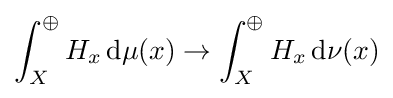
\int _{X}^{\oplus }H_{x}\,\mathrm {d} \mu (x)\rightarrow \int _{X}^{\oplus }H_{x}\,\mathrm {d} \nu (x)